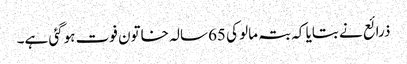
ذرائع نے بتایا کہ بتہ مالو کی 65سالہ خاتون فوت ہوگئی ہے۔